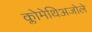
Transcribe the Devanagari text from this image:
क्लोमेथिअजोले